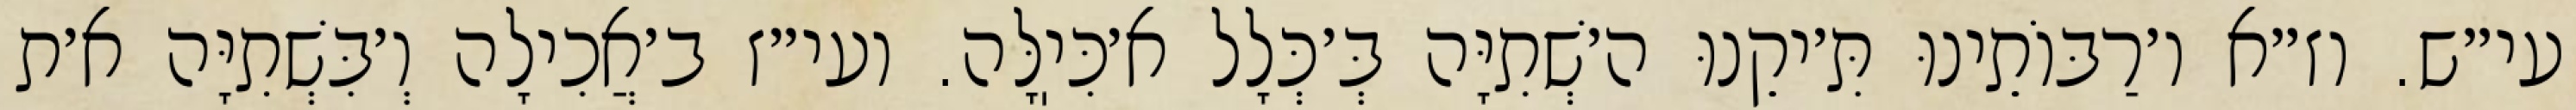
עי״ש. וז״א ו׳רַבּוֹתֵינוּ תִּ׳יקֵנוּ ה׳שְׁתִיָּה בְּ׳כְּלָל א׳כִּיֽלָּה. ועי״ז ב׳אֲכִילָה וְ׳בִּשְׁתִיָּה א׳ת